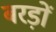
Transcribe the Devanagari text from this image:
बरड़ों